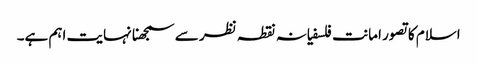
اسلام کا تصور امانت فلسفیانہ نقطہ نظر سے سمجھنا نہایت اہم ہے۔